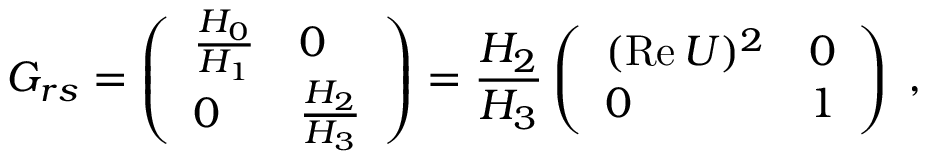
G _ { r s } = \left( \begin{array} { l l } { { { \frac { H _ { 0 } } { H _ { 1 } } } } } & { { 0 } } \\ { { 0 } } & { { { \frac { H _ { 2 } } { H _ { 3 } } } } } \end{array} \right) = { \frac { H _ { 2 } } { H _ { 3 } } } \left( \begin{array} { l l } { { ( \mathrm { R e } \, U ) ^ { 2 } } } & { { 0 } } \\ { { 0 } } & { { 1 } } \end{array} \right) \; ,